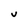
Character: v